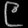
Digit: ၉